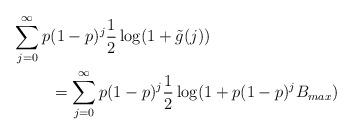
LaTeX: \begin{align*}\displaystyle\sum\limits_{j = 0}^{\infty}p &(1-p)^j \frac{1}{2} \log(1 + \tilde{g}(j)) \\& = \displaystyle\sum\limits_{j = 0}^{\infty} p(1-p)^j \frac{1}{2} \log(1 + p(1-p)^j B_{max}) \end{align*}